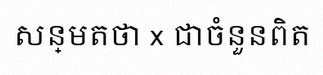
សន្មតថា x ជាចំនួនពិត